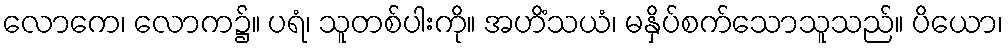
လောကေ၊ လောက၌။ ပရံ၊ သူတစ်ပါးကို။ အဟိံသယံ၊ မနှိပ်စက်သောသူသည်။ ပိယော၊